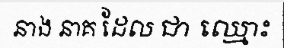
នាង នាគ ដែល ជា ឈ្មោះ